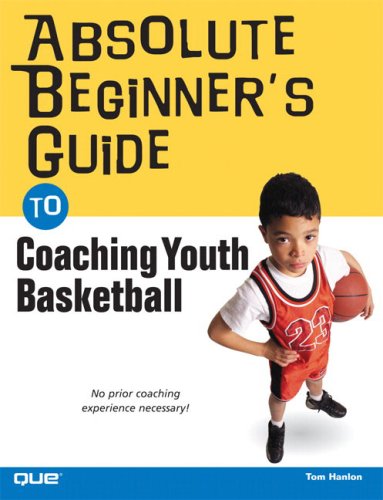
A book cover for Absolute Beginner's Guide to Coaching Youth Basketball; Tom Hanlon; Sports & Outdoors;